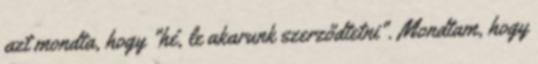
azt mondta, hogy "hé, le akarunk szerződtetni". Mondtam, hogy